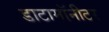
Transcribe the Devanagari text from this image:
डाटामॉनीटर